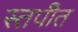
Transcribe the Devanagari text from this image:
स्तपीत